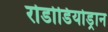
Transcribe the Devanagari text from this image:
रोडोडियोड्रान